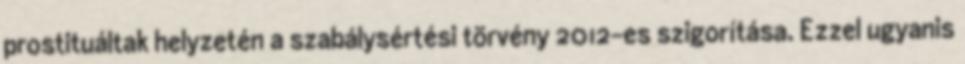
prostituáltak helyzetén a szabálysértési törvény 2012-es szigorítása. Ezzel ugyanis